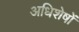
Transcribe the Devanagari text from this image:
अधिशेषों